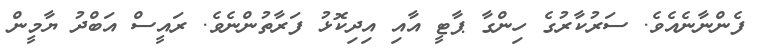
ފެންނާނެއެވެ. ސަރުކާރުގެ ހިންގާ ޕާޓީ އާއި އިދިކޮޅު ފަރާތުންނެވެ. ރައީސް އަބްދު ޔާމީން